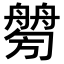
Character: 𦪤